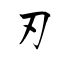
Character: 刃